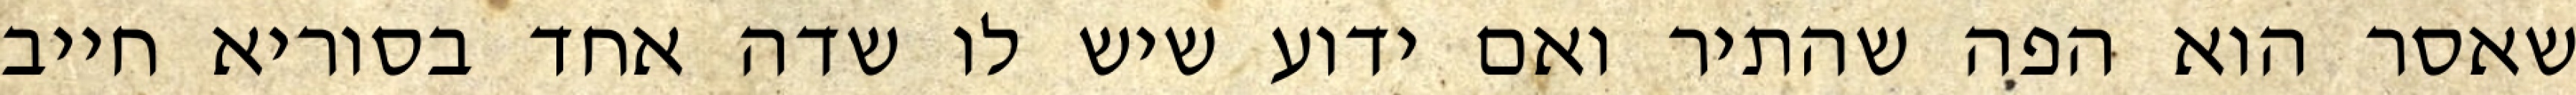
שאסר הוא הפה שהתיר ואם ידוע שיש לו שדה אחד בסוריא חייב